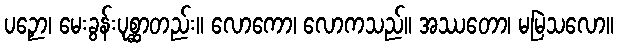
ပဉှော၊ မေးခွန်းပုစ္ဆာတည်း။ လောကော၊ လောကသည်။ အဿတော၊ မမြဲသလော။